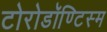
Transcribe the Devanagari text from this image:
टोरोडॉण्टिस्म